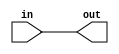
module top_module( input in, output out );
	assign out = in; // connect in to out
endmodule